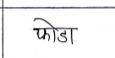
मजकूर: फोडा